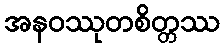
အနဝဿုတစိတ္တဿ